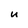
Character: u